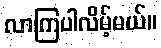
လာကြပါလိမ့်မယ်။